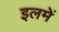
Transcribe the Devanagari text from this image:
इलमें